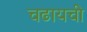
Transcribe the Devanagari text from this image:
चढायची